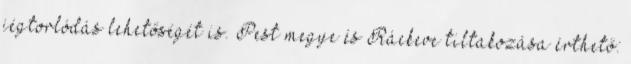
jégtorlódás lehetőségét is. Pest megye és Ráckeve tiltakozása érthető: